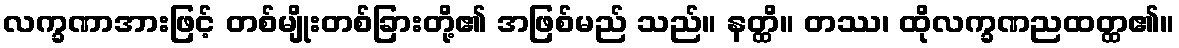
လက္ခဏာအားဖြင့် တစ်မျိုးတစ်ခြားတို့၏ အဖြစ်မည် သည်။ နတ္ထိ။ တဿ၊ ထိုလက္ခဏညထတ္ထ၏။